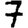
Digit: 7